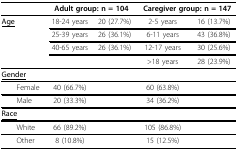
|  | <COLSPAN=2> Adult group: n = 104 | <COLSPAN=2> Caregiver group: n = 147 |
 | --- | --- | --- | --- | --- |
 | <underline>Age</underline> | 18-24 years | 20 (27.7%) | 2-5 years | 16 (13.7%) |
 |  | 25-39 years | 26 (36.1%) | 6-11 years | 43 (36.8%) |
 |  | 40-65 years | 26 (36.1%) | 12-17 years | 30 (25.6%) |
 |  |  |  | >18 years | 28 (23.9%) |
 | <underline>Gender</underline> |  |  |  |  |
 | Female | 40 (66.7%) |  | 60 (63.8%) |  |
 | Male | 20 (33.3%) |  | 34 (36.2%) |  |
 | <underline>Race</underline> |  |  |  |  |
 | White | 66 (89.2%) |  | 105 (86.8%) |  |
 | Other | 8 (10.8%) |  | 15 (12.5%) |  |